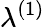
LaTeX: \lambda^{(1)}